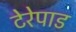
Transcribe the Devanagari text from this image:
टेरेपाड